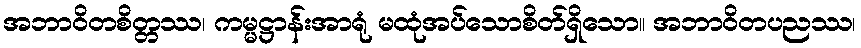
အဘာဝိတစိတ္တဿ၊ ကမ္မဋ္ဌာန်းအာရုံ မထုံအပ်သောစိတ်ရှိသော။ အဘာဝိတပညဿ၊